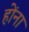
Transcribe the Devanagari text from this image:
होंना